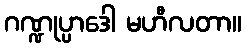
ဂဏ္ဍုပ္ပာဒေါ မဟီလတာ။